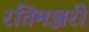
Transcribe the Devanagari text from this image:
रतिमञ्जरी